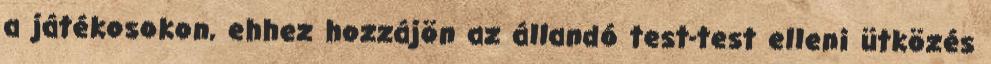
a játékosokon, ehhez hozzájön az állandó test-test elleni ütközés